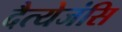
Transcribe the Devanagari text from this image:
दैत्येजंसि